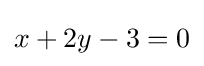
x+2y-3=0